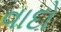
વાદો